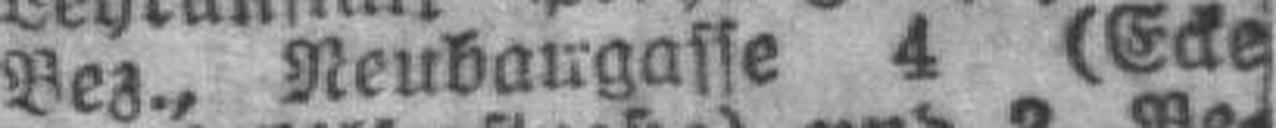
Bez., Neuhaugasse 4 (Ecke